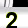
Digit: 2